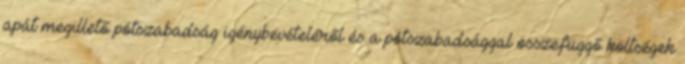
apát megillető pótszabadság igénybevételéről és a pótszabadsággal összefüggő költségek